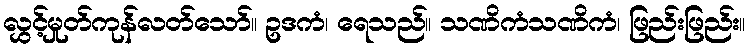
လွှင့်မှုတ်ကုန်လတ်သော်။ ဥဒကံ၊ ရေသည်။ သဏိကံသဏိကံ၊ ဖြည်းဖြည်း။